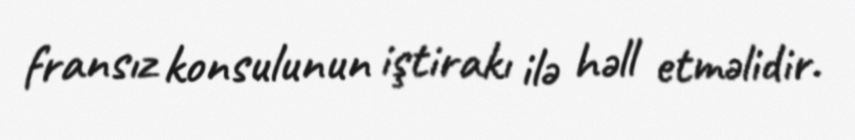
fransız konsulunun iştirakı ilə həll etməlidir.